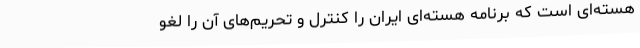
هسته‌ای است که برنامه هسته‌ای ایران را کنترل و تحریم‌های آن را لغو